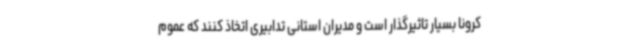
کرونا بسیار تاثیرگذار است و مدیران استانی تدابیری اتخاذ کنند که عموم